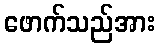
ဖောက်သည်အား